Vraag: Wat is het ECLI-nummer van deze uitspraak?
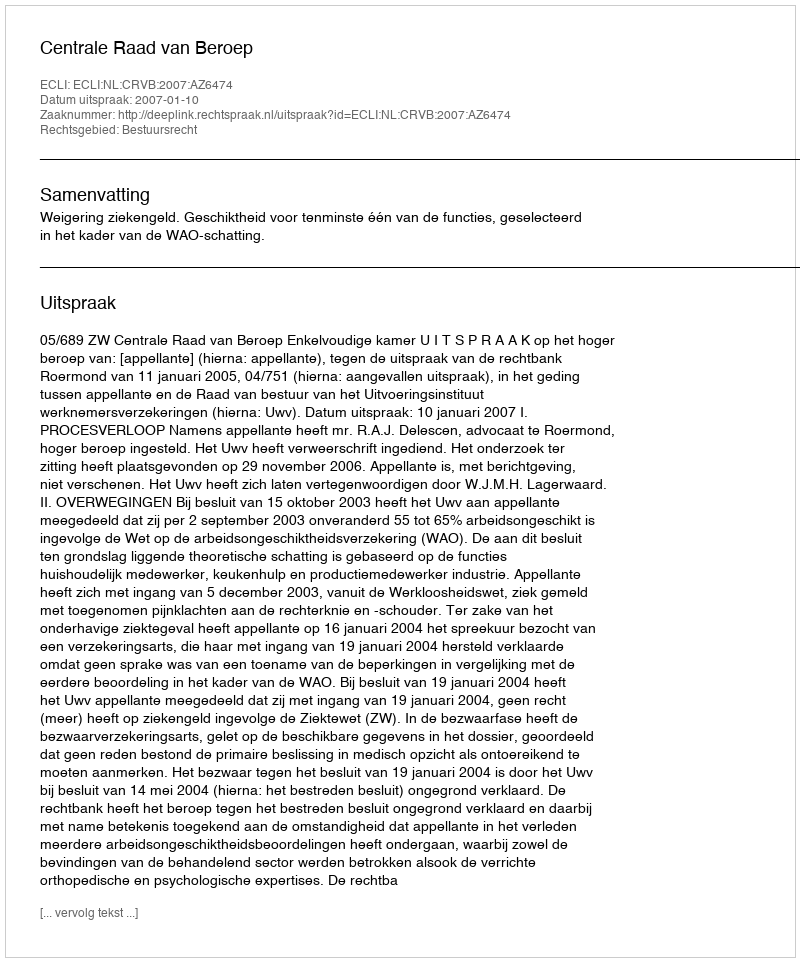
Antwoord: ECLI:NL:CRVB:2007:AZ6474